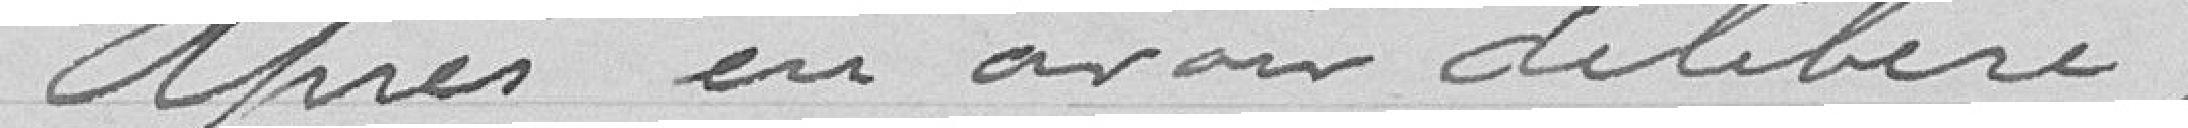
Après en avoir délibéré